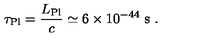
\tau _ { \mathrm { P l } } = \frac { L _ { \mathrm { P l } } } { c } \simeq 6 \times 1 0 ^ { - 4 4 } \ \mathrm { s } \ .